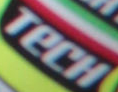
TECH